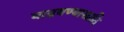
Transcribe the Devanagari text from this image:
वाढवण्यासाठि